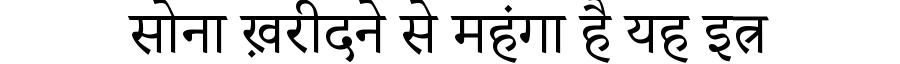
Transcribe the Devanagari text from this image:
सोना ख़रीदने से महंगा है यह इत्र